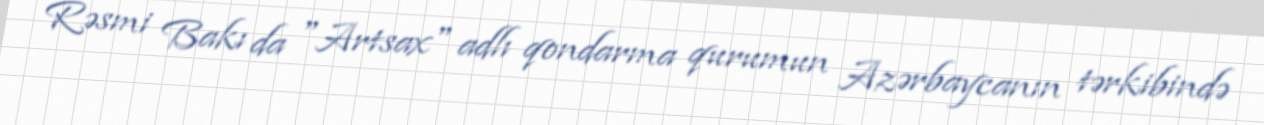
Rəsmi Bakı da "Artsax" adlı qondarma qurumun Azərbaycanın tərkibində